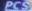
PCS